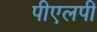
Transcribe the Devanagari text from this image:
पीएलपी